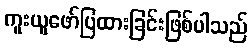
ကူးယူဖော်ပြထားခြင်းဖြစ်ပါသည်